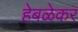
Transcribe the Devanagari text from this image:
हेबळेकर